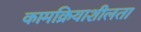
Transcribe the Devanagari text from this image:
कामक्रियाशीलता